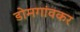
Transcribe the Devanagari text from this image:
डोमगांवकर